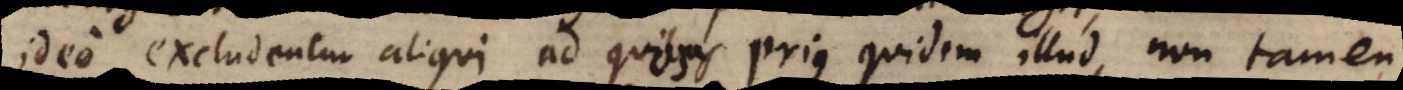
ideo excludentur aliqui ad quos prius quidem illud, non tamen